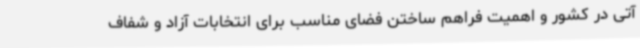
آتی در کشور و اهمیت فراهم ساختن فضای مناسب برای انتخابات آزاد و شفاف